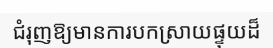
ជំរុញឱ្យមានការបកស្រាយផ្ទុយដ៏